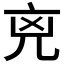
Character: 𠒋